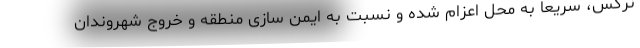
نرگس، سریعا به محل اعزام شده و نسبت به ایمن سازی منطقه و خروج شهروندان